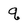
Character: q